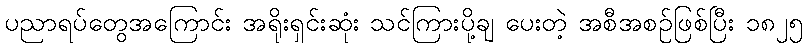
ပညာရပ်တွေအကြောင်း အရိုးရှင်းဆုံး သင်ကြားပို့ချ ပေးတဲ့ အစီအစဉ်ဖြစ်ပြီး ၁၈၂၅